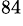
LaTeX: ^{84}